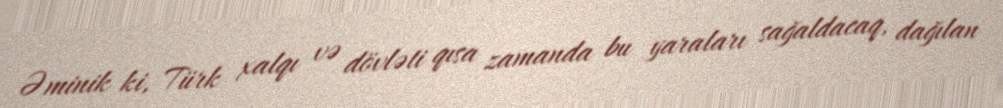
Əminik ki, Türk xalqı və dövləti qısa zamanda bu yaraları sağaldacaq, dağılan